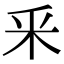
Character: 釆